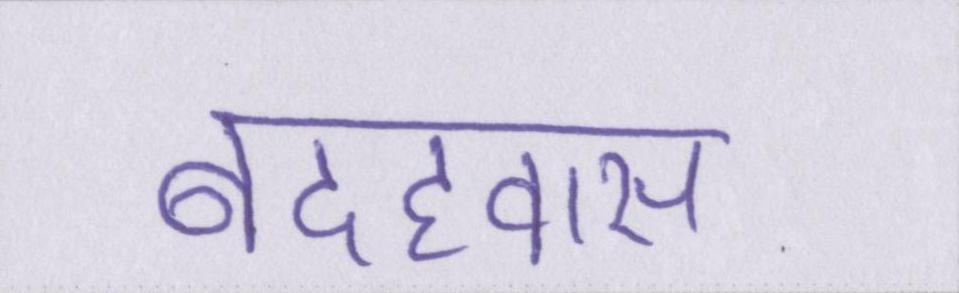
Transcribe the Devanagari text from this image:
बदहवास